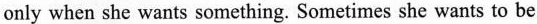
only when she wants something. Sometimes she wants to be